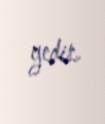
gedir.